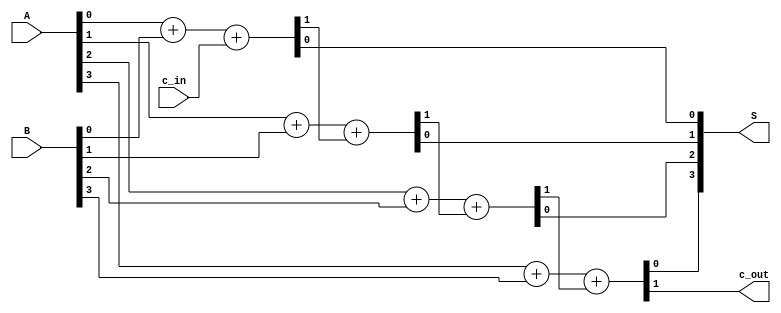
module sum4_v2(output wire[3:0] S, output wire c_out, input wire[3:0] A, input wire[3:0] B, input wire c_in);

  wire[2:0] c;

  assign {c[0], S[0]} = A[0] + B[0] + c_in;
  assign {c[1], S[1]} = A[1] + B[1] + c[0];
  assign {c[2], S[2]} = A[2] + B[2] + c[1];
  assign {c_out, S[3]} = A[3] + B[3] + c[2];


endmodule